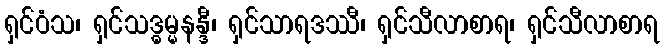
ရှင်ဝံသ၊ ရှင်သဒ္ဓမ္မနန္ဒီ၊ ရှင်သာရဒဿီ၊ ရှင်သီလာစာရ၊ ရှင်သီလာစာရ